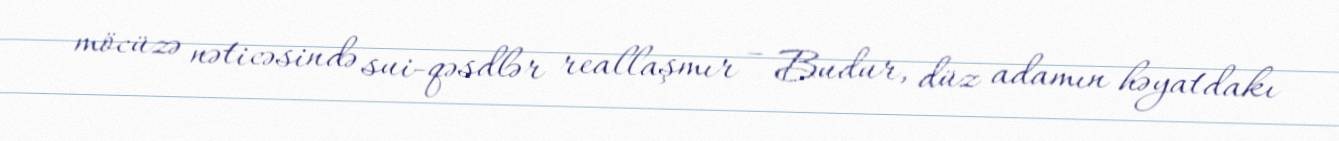
möcüzə nəticəsində sui-qəsdlər reallaşmır – Budur, düz adamın həyatdakı